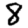
Digit: 8